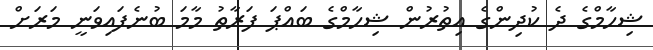
ޝިހާމްގެ ދެ ކުދިންގެ އިތުރުން ޝިހާމްގެ ބައްޕަ ފަރާތު މާމަ ބުނެފައިވަނީ މަރަށް